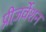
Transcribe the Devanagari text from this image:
प्रीज़र्वेशन